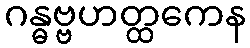
ဂန္ဓဗ္ဗဟတ္ထကေန